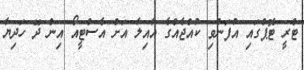
ޓްރީ ޓޮޕްގައި އުފަންވި ކުއްޖެއްގެ އާއިލާ އަށް އެސްޓީއޯ އިން ދޭ ހަދިޔާ